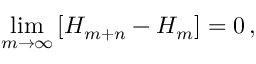
\operatorname* { l i m } _ { m \rightarrow \infty } \left[ H _ { m + n } - H _ { m } \right] = 0 \, ,